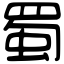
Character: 蜀